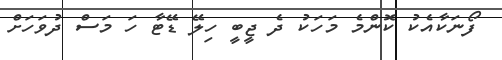
ފޯނަކާއެކު ކޮންމެ މަހަކު ދެ ޖީބީ ހިލޭ ޑޭޓާ ހަ މަސް ދުވަހަށް